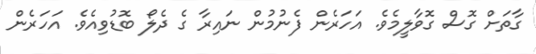
ގާތަށް ގޮސް ގޮވާލީމެވެ. އަހަރެން ފެނުމުން ނައިރާ ގެ ދެލޯ ބޮޑުވިއެވެ. އަހަރެން